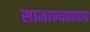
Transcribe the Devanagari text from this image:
सामान्यतावाद